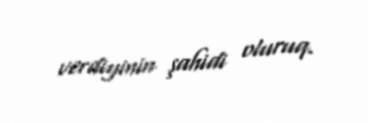
verdiyinin şahidi oluruq.